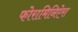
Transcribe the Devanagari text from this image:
फोरामिनिऐरा